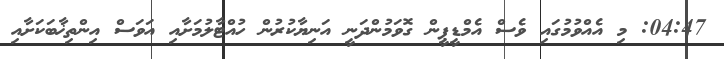
04:47: މި އެއްވުމުގައި ވެސް އެމްޑީޕީން ގޮވަމުންދަނީ އަނިޔާކުރުން ހުއްޓާލުމަށާއި އަވަސް އިންތިޚާބަކަށާއި